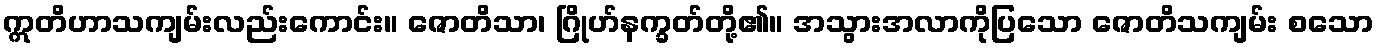
ဣတိဟာသကျမ်းလည်းကောင်း။ ဇောတိသာ၊ ဂြိုဟ်နက္ခတ်တို့၏။ အသွားအလာကိုပြသော ဇောတိသကျမ်း စသော